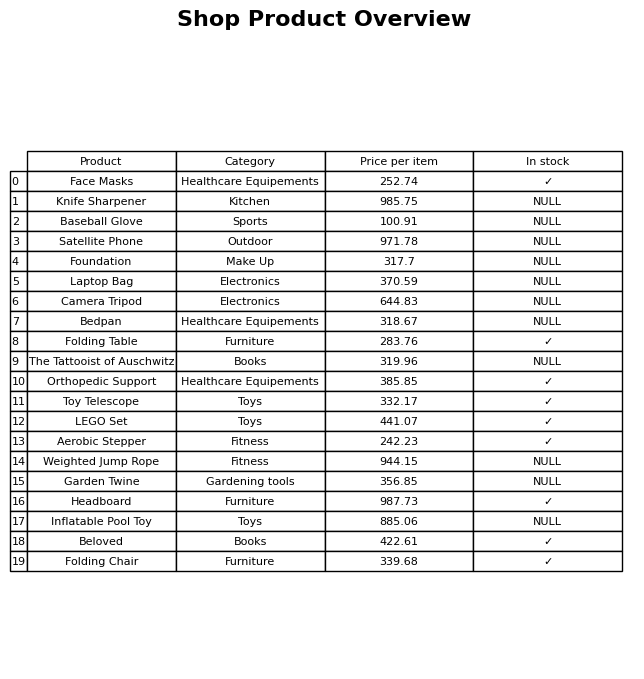
question: What is the price for Folding Table?
answer: The price of Folding Table is 283.76.